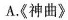
A.《神曲》